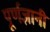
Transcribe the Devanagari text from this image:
पूर्णज्ञानी